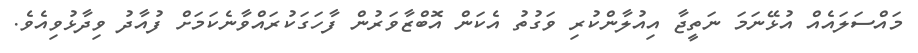
މައްސަލައެއް އުޅޭނަމަ ނަތީޖާ އިއުލާންކުރި ވަގުތު އެކަން އޮބްޒާވަރުން ފާހަގަކުރައްވާނެކަމަށް ފުއާދު ވިދާޅުވިއެވެ.